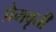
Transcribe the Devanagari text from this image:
प्रेमवृत्ती